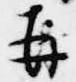
再